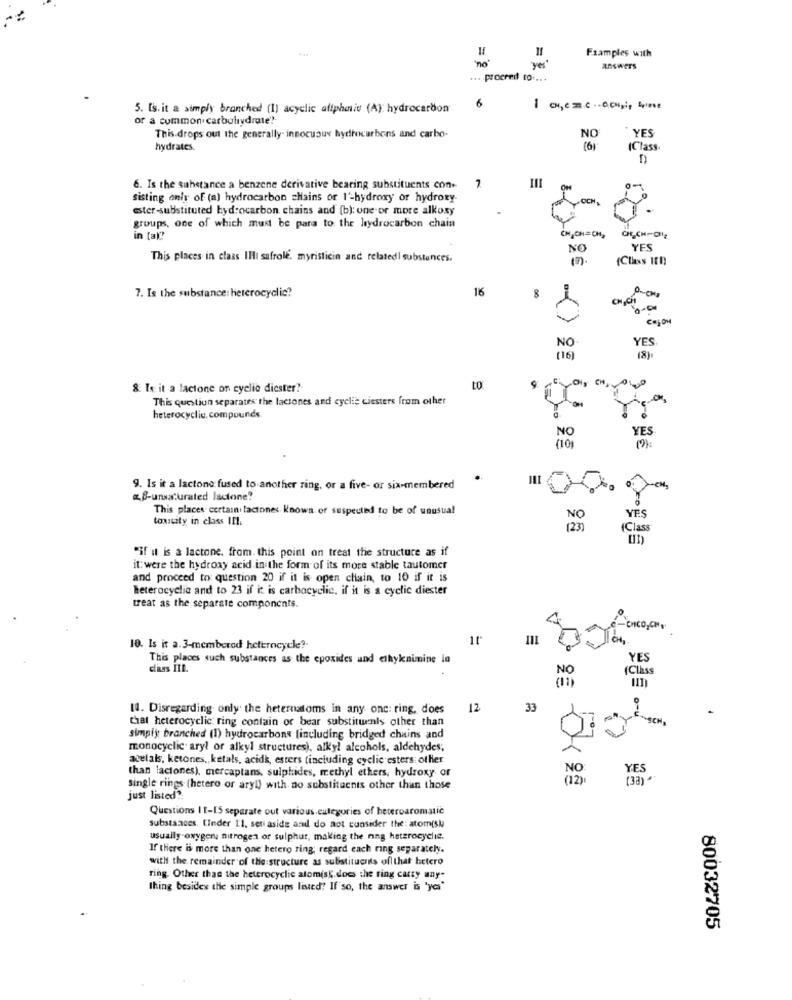
no
Fsamples with
answers
.... procred to ....
6
5. [s. it a simply branched (1) acyclic altphasis (A): hydrocarbon
or a common carbohydrate?
YES
This drops out the generally- innocuous hydrocarbons and carbo-
NO
hydrates.
16%
(Class.
7
6. Is the substance a benzene derivative bearing substituents con.
sisting only of (a) hydrocarbon chains or I'-hydroxy or hydroxy-
.OCH
ester-substituted hydrocarbon chains and (b); one or more alkoxy
groups, one of which must be para to the hydrocarbon chain
CHICH=CH,
in [all
NO
YES
This places in class IIII safrole. myristicin and relatedl substances.
(3).
(Class I10)
116
7. Is the substance: heterocyclic?
CH-CH
YES
NO
(16)
(8).
CH
8. Is it a lactone on cyclià diester ?-
to
This question separates the lactones and cyclie ciesters from other
heterocyclic. compounds.
YES
NO
(2):
9. Is it a lactone fused to another ring, or a five- or six-membered
-CM,
«B-unsaturated lactone?
This places certain lactones Known of suspected to be of unusual
YES
touscity in class I !!
NO
123
(Clas
"if it is a lactone. from. this point on treat the structure as if
it: were the hydroxy acid in the form of its more stable tautomer
and proceed to question 20 if it is open chain, to 10 if it is
heterocyclic and to 23 if it is carbocyclic, if it is a cyclic diester
treat as the separate components.
-ENCO,COM,
7
10. Is it a. 3-memberod heferncycle ?.
This places such substances as the epoxides and ethyknimine in
YES
(Class
14. Disregarding only the heternatoms in any one: ring, does
12
33
.
that heterocyclic ring contain or bear substituents other than
simply branched (1) hydrocarbons (including bridged chains and
monocyclic aryl or alkyl structures), alkyl alcohols, aldehydes;
atelals, ketones, ketals, acidk, esters tincluding cyclic esters ot Her
than laciones), mercaptans, sulphides, methyl ethers, hydroxy or
(33)-
single rings (hetero or aryl) with no substituents other than those
just listed ?:
Questions It-IS separate out various categories of heteroaromatic
substances. Einder 11, set aside and do not consider the: atom(s)
usually oxygen, nitrogen of sulphur, making the ning heterocyclic.
If there is more than one hetero ring; regard each ring separately.
with the remainder of the structure as substituents offthat betero
ring. Other than the heterocyclic atomisk. does the ring carty any-
thing besides the simple groups lived? If so, the answer is 'yes'
80032705